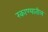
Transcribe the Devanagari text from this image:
रकाण्यातील